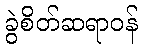
ခွဲစိတ်ဆရာဝန်